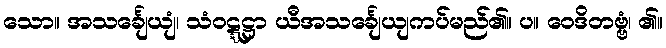
သော။ အသင်္ချေယျံ၊ သံဝဋ္ဋဋ္ဌာ ယီအသင်္ချေယျကပ်မည်၏။ ပ။ ဝေဒိတဗ္ဗံ၊ ၏။